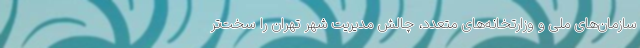
سازمان‌های ملی و وزارتخانه‌های متعدد، چالش مدیریت شهر تهران را سخت‌تر